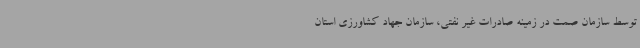
توسط سازمان صمت در زمینه صادرات غیر نفتی، سازمان جهاد کشاورزی استان